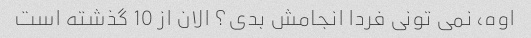
اوه، نمی تونی فردا انجامش بدی؟ الان از 10 گذشته است